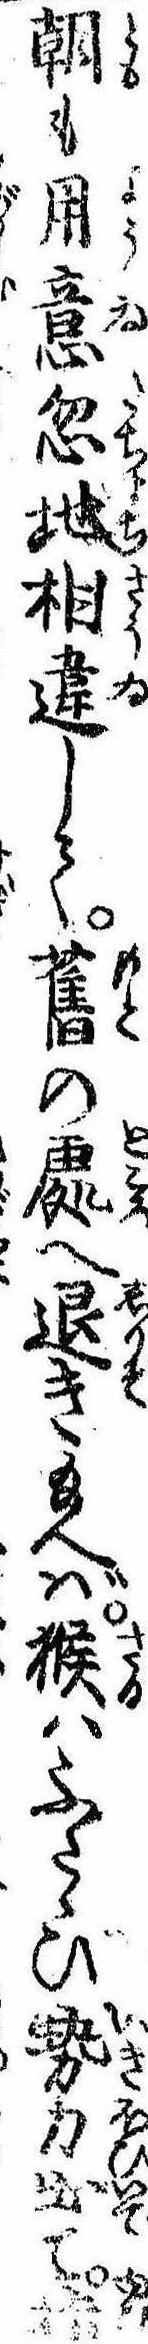
朝も用意忽地相違して旧の処へ退き給へば猴はふたゝび勢力出て指